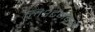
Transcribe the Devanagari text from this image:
लिश्टेनबर्ग